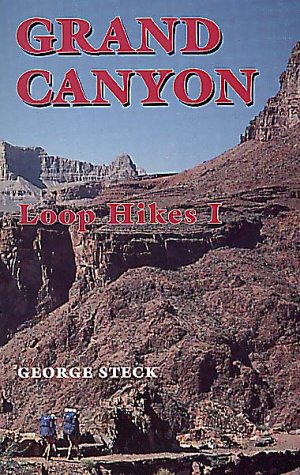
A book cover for Grand Canyon Loop Hikes I; George Steck; Travel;